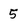
Character: 5